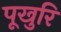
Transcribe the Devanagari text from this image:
पूखुरि